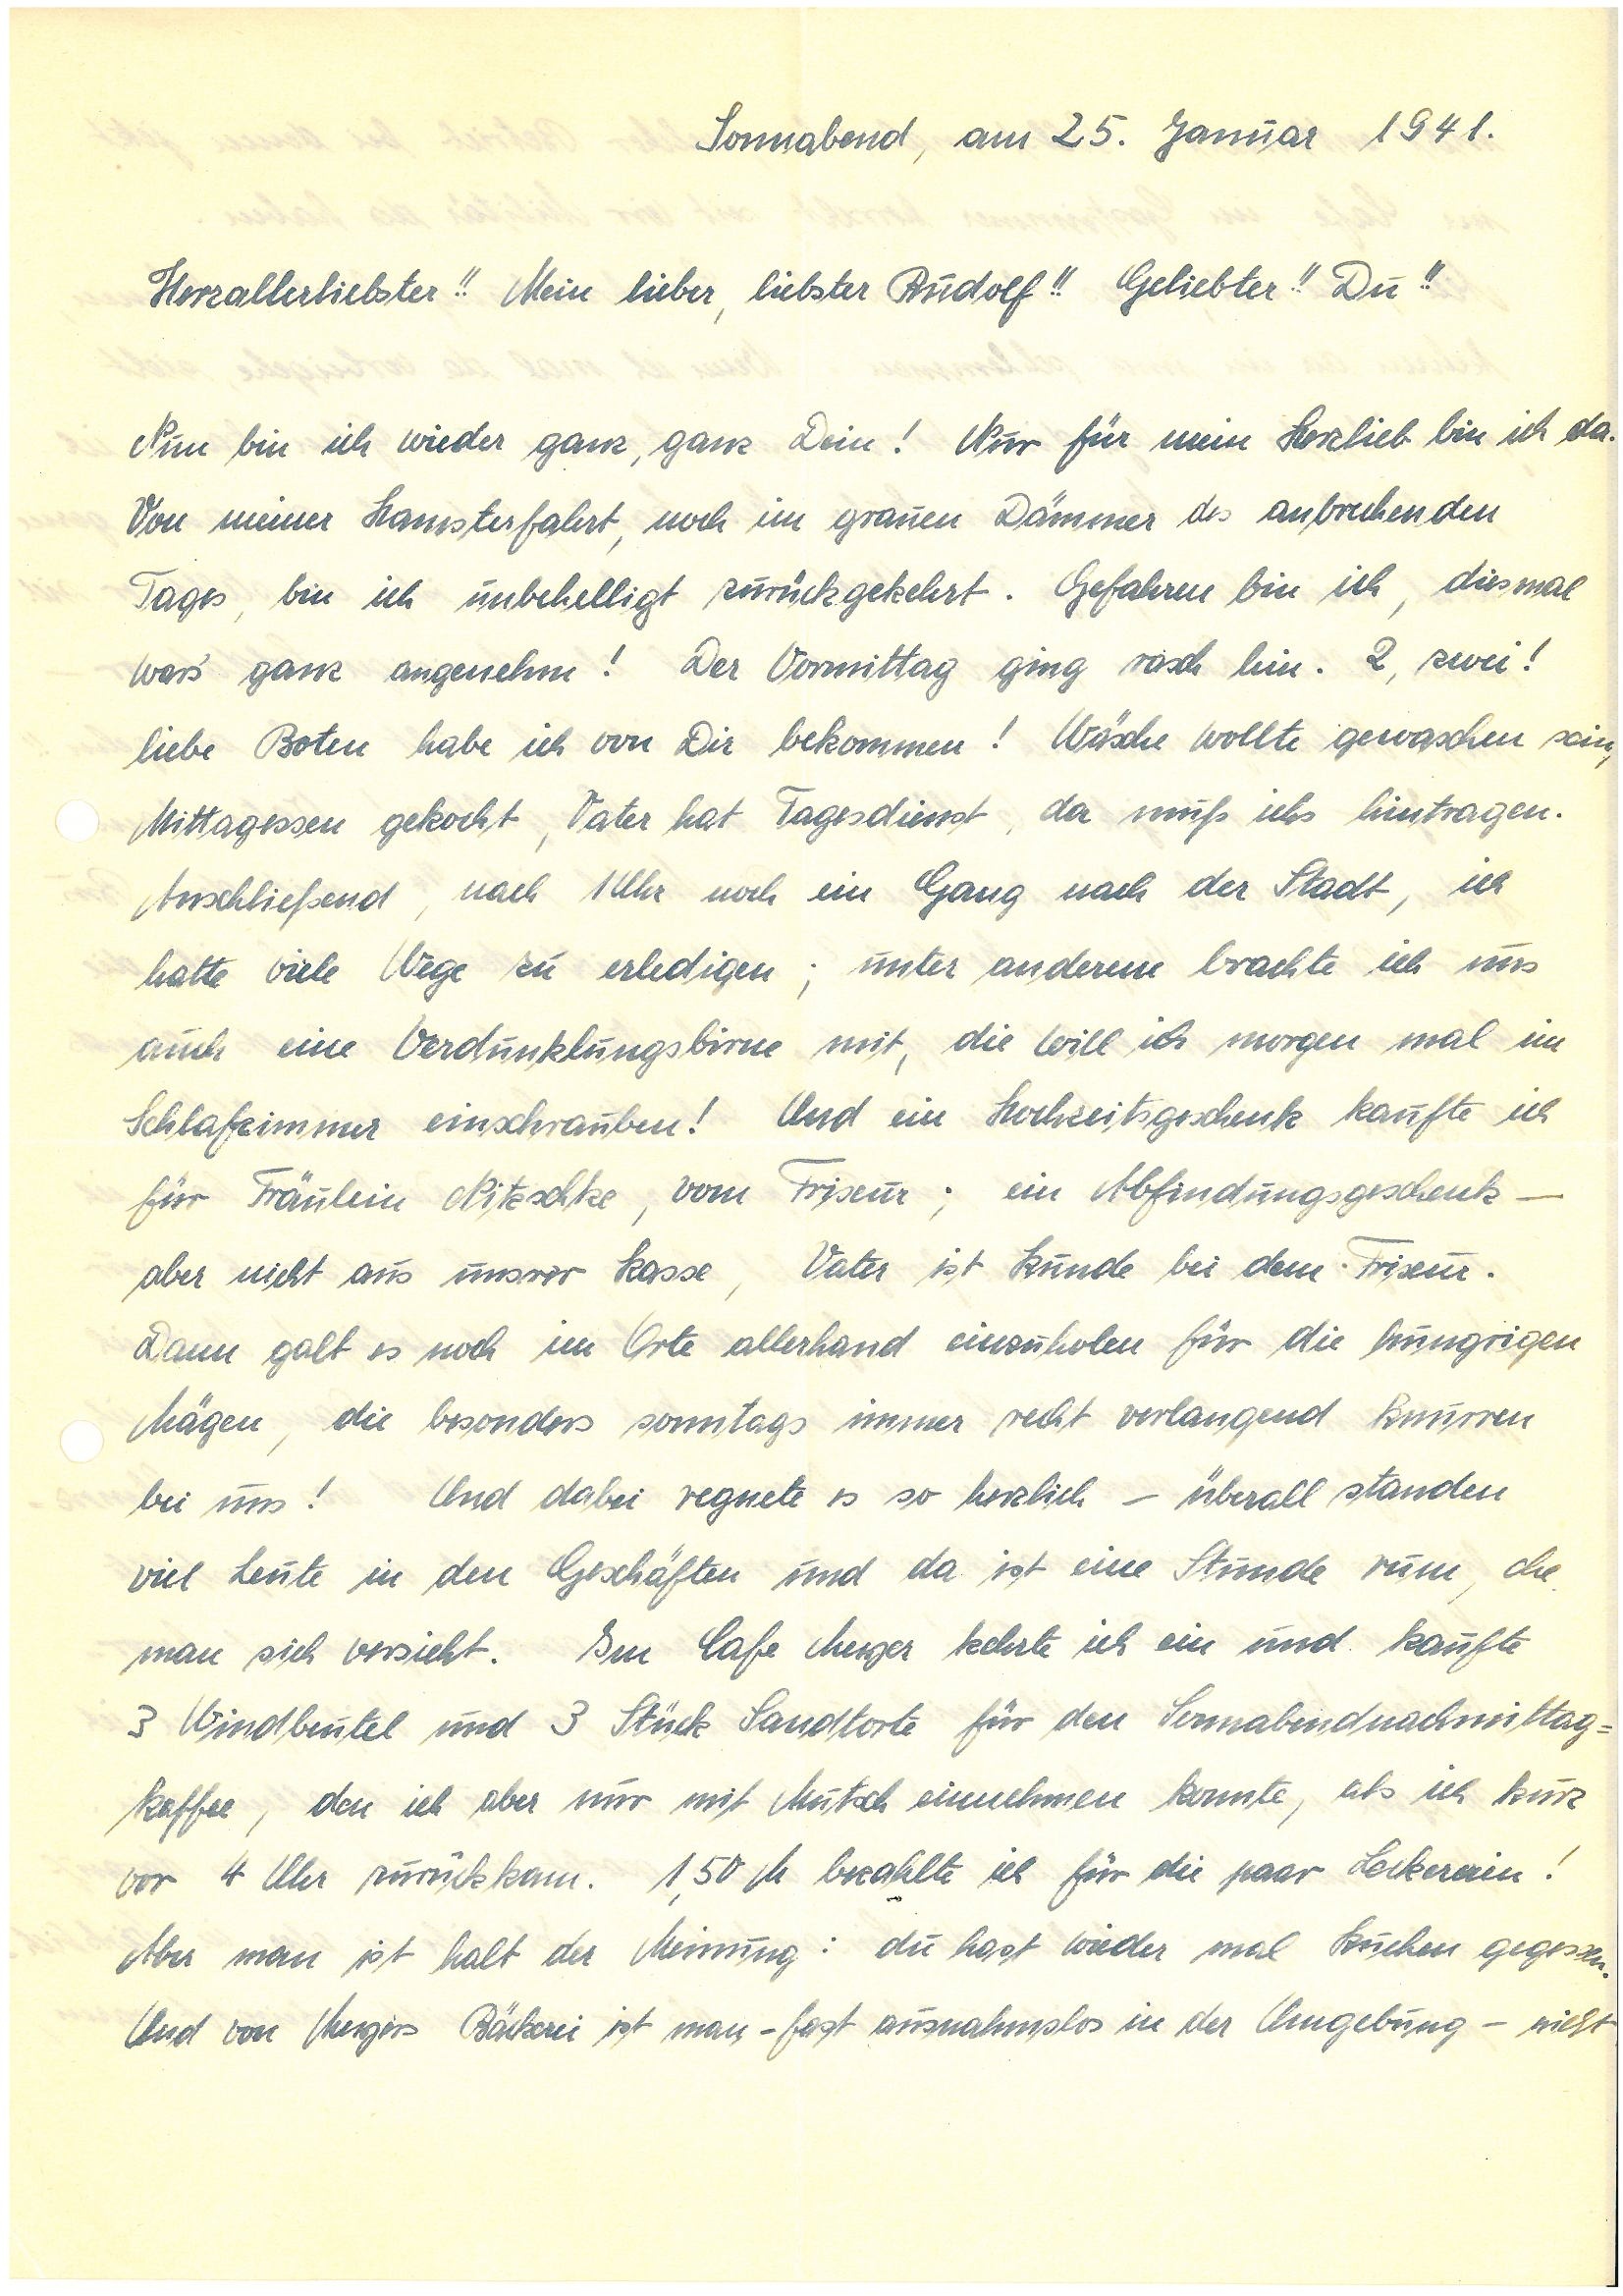
Sonnabend, am 25. Januar 1941.
Herzallerliebster!! Mein lieber, liebster !! Geliebter!! Du!!
Nun bin ich wieder ganz, ganz Dein! Nur für mein Herzlieb bin ich da.
Von meiner Hamsterfahrt, noch im grauen Dämmer des anbrechenden
Tages, bin ich unbehelligt zurückgekehrt. Gefahren bin ich, diesmal
wars’ ganz angenehm! Der Vormittag ging rasch hin. 2, zwei!
liebe Boten habe ich von Dir bekommen! Wäsche wollte gewaschen sein,
Mittagessen gekocht, Vater hat Tagesdienst, da muß ichs hintragen.
Anschließend, nach 1 Uhr noch ein Gang nach der Stadt, ich
hatte viele Wege zu erledigen; unter anderem brachte ich uns
auch eine Verdunklungsbirne mit, die will ich morgen mal im
Schlafzimmer einschrauben! Und ein Hochzeitsgeschenk kaufte ich
für Fräulein N. vom Friseur; ein Abfindungsgeschenk –
aber nicht aus unsrer Kasse, Vater ist Kunde bei dem Friseur.
Dann galt es noch im Orte allerhand einzuholen für die hungrigen
Mägen, die besonders sonntags immer recht verlangend knurren
bei uns! Und dabei regnete es so herzlich – überall standen
viel Leute in den Geschäften und da ist eine Stunde rum, ehe
man sich versieht. Im Cafe M. kehrte ich ein und kaufte
3 Windbeutel und 3 Stück Sandtorte für den Sonnabendnachmittag¬
kaffee, den ich aber nur mit Mutsch einnehmen konnte, als ich kurz
vor 4 Uhr zurückkam. 1,50 M bezahlte ich für die paar Leckereien!
Aber man ist halt der Meinung: du hast wieder mal Kuchen gegessen.
Und von M.s Bäckerei ist man – fast ausnahmslos in der Umgebung – nicht